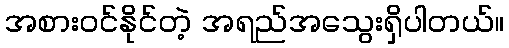
အစားဝင်နိုင်တဲ့ အရည်အသွေးရှိပါတယ်။